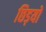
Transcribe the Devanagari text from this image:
छिड़यों